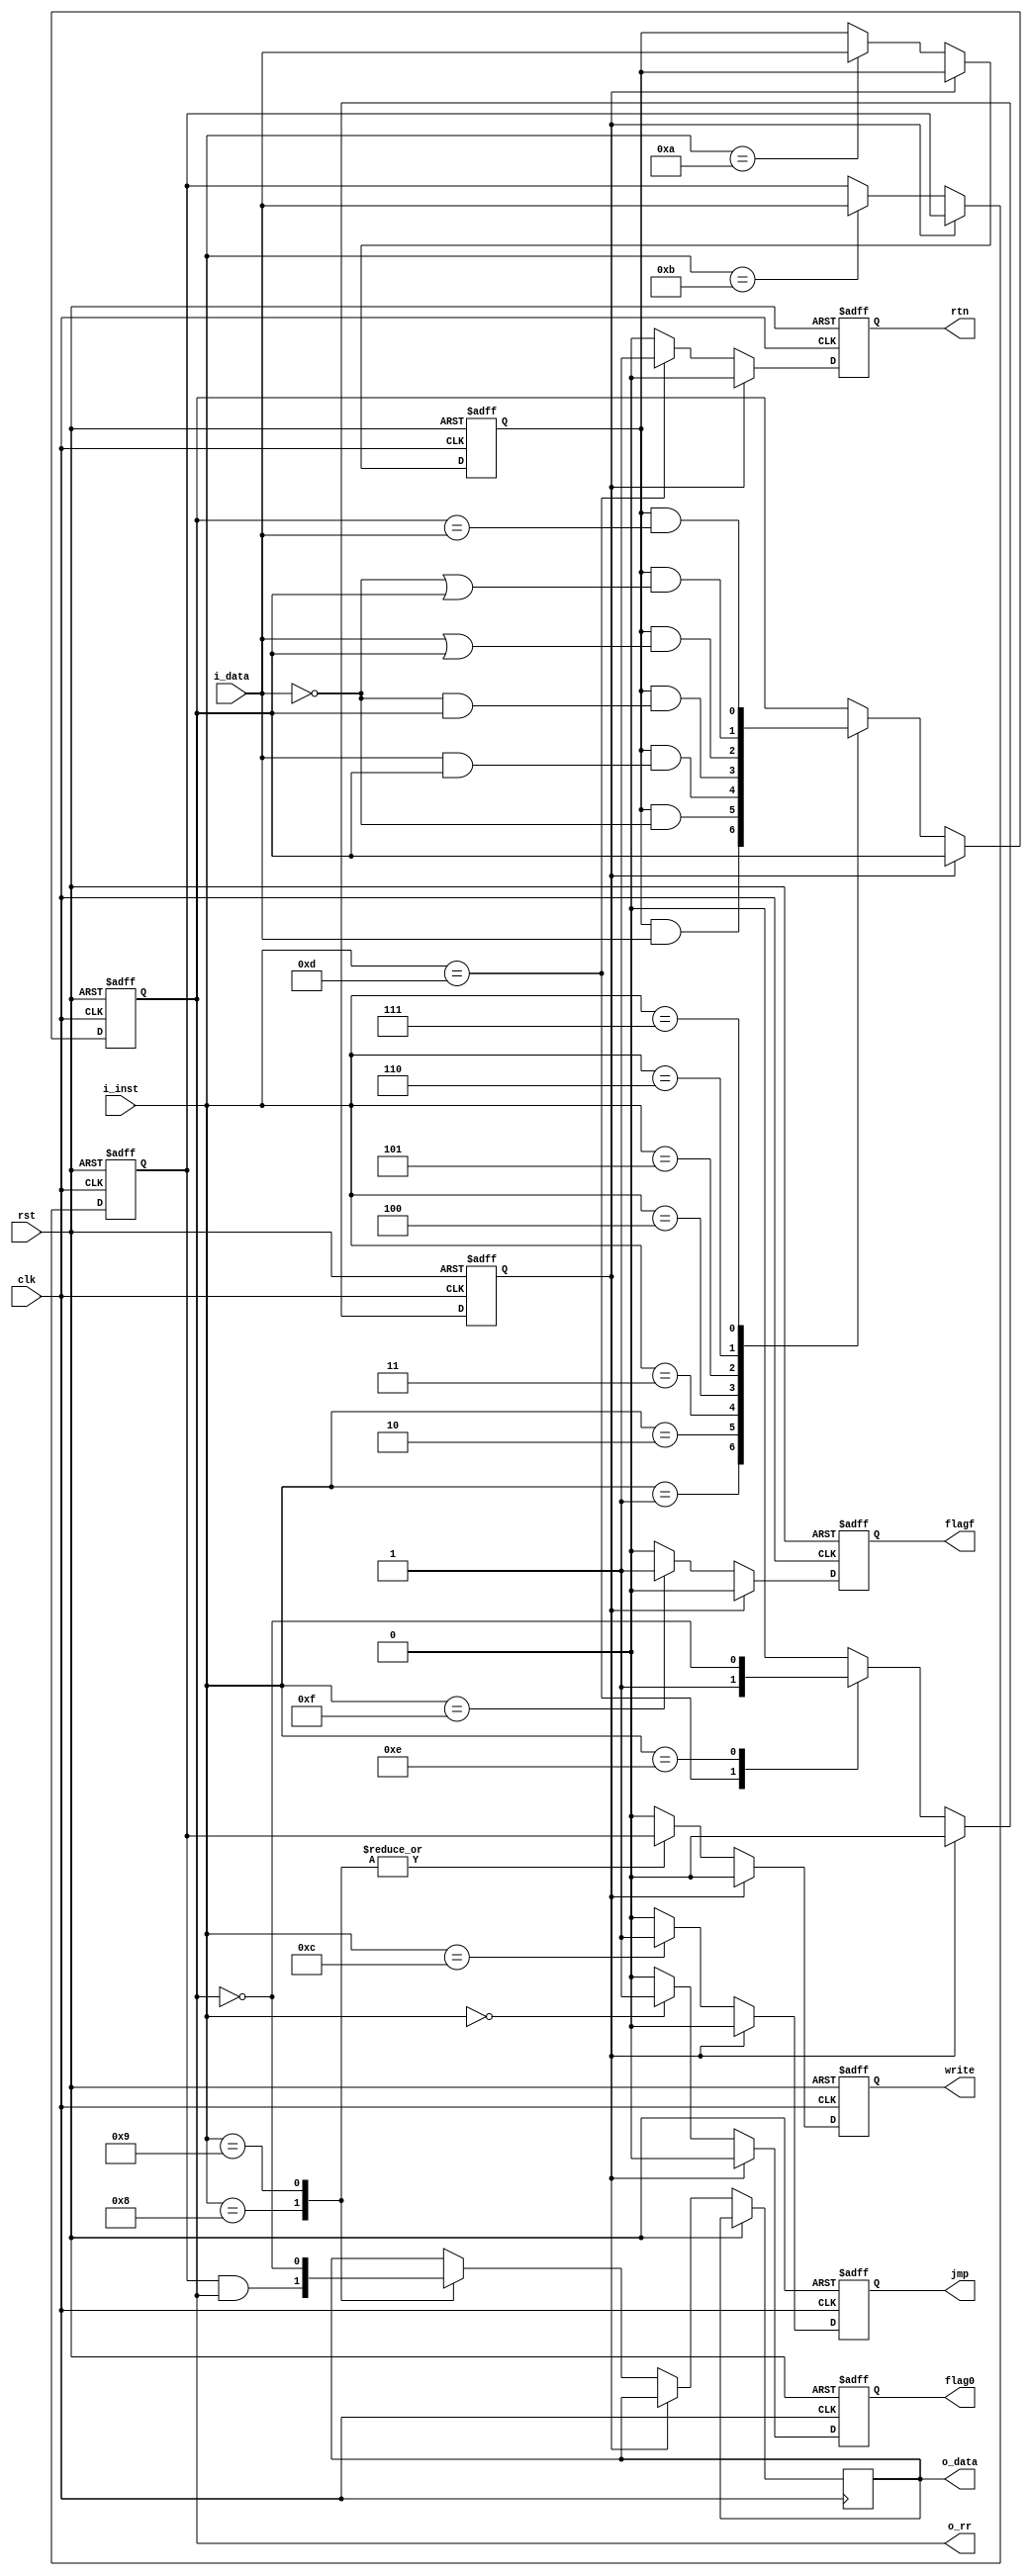
`timescale 1ns / 1ps
//////////////////////////////////////////////////////////////////////////////////
// Company: Nobody
// 
// Design Name: MC14500B ICU
// Module Name: mc14500b
// Project Name: MC145k Computing system
// Target Devices: 
// Tool Versions: 
// Description: 
// A dumb 1 bit computer with associated modules to allow for simple programs.
// Dependencies: 
// None
// Revision:
// Revision 0.01 - File Created
// Additional Comments:
// 
//////////////////////////////////////////////////////////////////////////////////


module mc14500b(
    input clk,
    input rst,
    input [3:0] i_inst,
    input i_data,
    output reg write = 0,
    output reg jmp = 0 ,
    output reg rtn = 0,
    output reg flag0 = 0,
    output reg flagf = 0,
    output reg o_rr = 0,
    output reg o_data = 0
    );
    reg ien = 0, oen = 0;
    reg skip = 0;
    always @(negedge clk or posedge rst) begin
        // Reset any flags from last clock.
        jmp <= 0;
        rtn <= 0;
        flag0 <= 0;
        flagf <= 0;
        write <= 0; // FIX this it's not right technically.
        if (rst) begin
            // reset behavior. reset internal flags and ignore clock.
            ien <= 0;
            oen <= 0;
            o_rr <= 0;
            skip <= 0;
        end else begin
        if (~skip) begin // skip
        case(i_inst)
        4'b0000 : flag0 <= 1; // NOPO
        4'b0001 : o_rr <= ien & i_data; // LD
        4'b0010 : o_rr <= ien & ~i_data; // LDC
        4'b0011 : o_rr <= ien & (i_data & o_rr); // AND
        4'b0100 : o_rr <= ien & (~i_data & o_rr); // NAND
        4'b0101 : o_rr <= ien & (i_data | o_rr); // OR
        4'b0110 : o_rr <= ien & (~i_data | o_rr); // NOR
        4'b0111 : o_rr <= ien & (o_rr == i_data); // XNOR
        4'b1000 : begin // STO
        // DATA -> RR, WRITE -> 1 for a clock (if oen is allowed).
            o_data <= oen & o_rr;
            write <= oen;
        end
        4'b1001 : begin // STOC
        // DATA -> ~RR, WRITE -> 1 for a clock.
            o_data <= ~o_rr;
            write <= oen;
        end
        4'b1010 : ien <= i_data; 
        4'b1011 : oen <= i_data;
        4'b1100 : jmp <= 1;
        4'b1101 : begin // RTN
            rtn <= 1;
            skip <= 1;
        end
        4'b1110 : skip <= ~o_rr;
        4'b1111 : flagf <= 1;
        
        endcase
        end
        else begin // reset skip flag after clocking with skip once.
            skip <= 0;
        end
        end
    end // neg edge
//    always @(posedge clk) begin
//        write <= 0;
//    end
endmodule